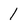
Character: 1